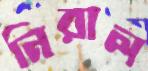
নিরাল